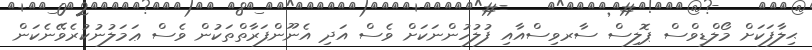
ޙިލާފަކަށް މޯލްޑިވްސް ޕޮލިސް ސާރވިސްއާއި ފުލުހުންނަކަށް ވެސް އަދި އެނޫންފަރާތްތަކުން ވެސް ޢަމަލުނުކުރެވޭނެކަން